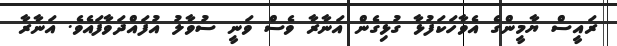
ރައީސް ޔާމީންގެ އެވާހަކަފުޅާ ގުޅިގެން އަނާރާ ވެސް ވަނީ ސުވާލު އުފައްދަވާފައެވެ. އަނާރާ